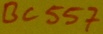
Text: BC557